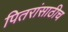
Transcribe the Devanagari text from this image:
पितरांसाठीच